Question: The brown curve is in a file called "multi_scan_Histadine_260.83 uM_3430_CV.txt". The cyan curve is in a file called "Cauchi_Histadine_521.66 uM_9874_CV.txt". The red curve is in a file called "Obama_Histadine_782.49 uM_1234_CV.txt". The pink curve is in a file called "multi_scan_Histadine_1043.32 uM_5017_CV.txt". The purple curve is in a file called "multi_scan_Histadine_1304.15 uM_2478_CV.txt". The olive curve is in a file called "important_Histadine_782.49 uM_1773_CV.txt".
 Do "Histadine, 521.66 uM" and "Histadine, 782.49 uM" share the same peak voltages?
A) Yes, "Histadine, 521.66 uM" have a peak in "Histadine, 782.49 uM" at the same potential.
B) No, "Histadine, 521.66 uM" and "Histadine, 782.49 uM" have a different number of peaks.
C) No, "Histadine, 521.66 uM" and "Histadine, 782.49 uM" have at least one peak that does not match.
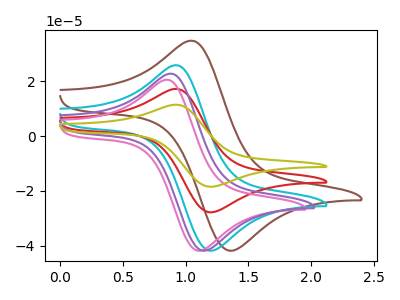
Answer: <think>The brown curve "Histadine, 260.83 uM" has an anodic peak at (1.05V, 34.60uA) and a cathodic peak at (1.35V, -41.90uA). The cyan curve "Histadine, 521.66 uM" has an anodic peak at (0.95V, 25.70uA) and a cathodic peak at (1.20V, -41.90uA). The red curve "Histadine, 782.49 uM" has an anodic peak at (0.95V, 17.10uA) and a cathodic peak at (1.20V, -27.85uA). The pink curve "Histadine, 1043.32 uM" has an anodic peak at (0.85V, 20.40uA) and a cathodic peak at (1.10V, -41.90uA). The purple curve "Histadine, 1304.15 uM" has an anodic peak at (0.90V, 22.60uA) and a cathodic peak at (1.15V, -41.90uA). The olive curve "Histadine, 782.49 uM" has an anodic peak at (0.95V, 34.15uA) and a cathodic peak at (1.20V, -55.70uA).</think>
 <answer>A) Yes, "Histadine, 521.66 uM" have a peak in "Histadine, 782.49 uM" at the same potential.</answer>
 <eval>A</eval>